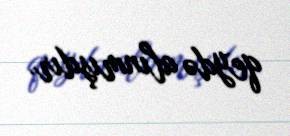
qeydə alınmışdır.